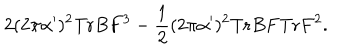
2 ( 2 \pi \alpha ^ { \prime } ) ^ { 2 } \mathrm { T r } B F ^ { 3 } - \frac { 1 } { 2 } ( 2 \pi \alpha ^ { \prime } ) ^ { 2 } \mathrm { T r } B F \mathrm { T r } F ^ { 2 } .